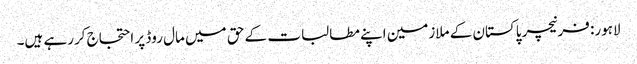
لاہور: فرنیچر پاکستان کے ملازمین اپنے مطالبات کے حق میں مال روڈ پر احتجاج کررہے ہیں۔